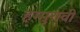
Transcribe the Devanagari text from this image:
हम्मुरावी